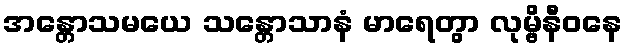
အန္တောသမယေ သန္တောသာနံ မာရေတွာ လုမ္ဗိနီဝနေ